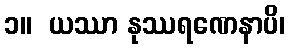
၁။  ယဿာ နုဿရဏေနာပိ၊